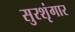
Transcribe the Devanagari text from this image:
सुरशृंगार